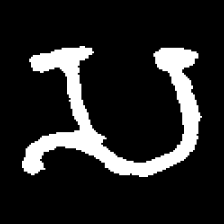
Pyu character \u2014 Myanmar letter: သ (romanized: sa)